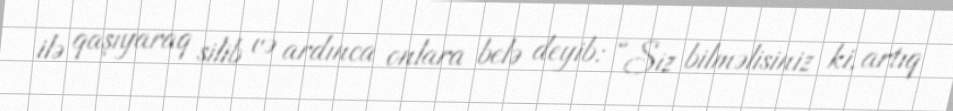
ilə qaşıyaraq silib və ardınca onlara belə deyib: “Siz bilməlisiniz ki, artıq